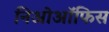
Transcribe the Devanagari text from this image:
निओऑफिस